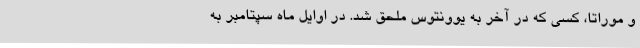
و موراتا، کسی که در آخر به یوونتوس ملحق شد. در اوایل ماه سپتامبر به